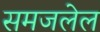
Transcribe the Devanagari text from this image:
समजलेल